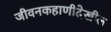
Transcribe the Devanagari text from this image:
जीवनकहाणीदेखील